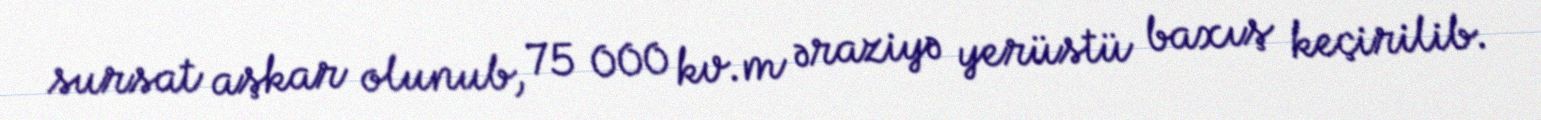
sursat aşkar olunub, 75 000 kv.m əraziyə yerüstü baxış keçirilib.